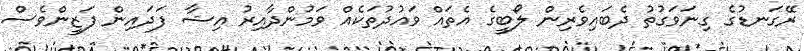
ރޭގަނޑުގެ ގިނަވަގުތު ދެބައިވެރިން ލޯބީގެ އެތައް ވައުދުތަކެއް ވަމުންދާއިރު އިޝާ ފަދައިން ފަޒީންވެސް